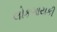
લોકગાયકી